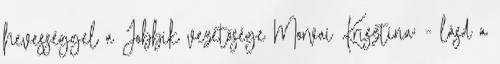
hevességgel a Jobbik vezetősége Morvai Krisztina; - lásd a